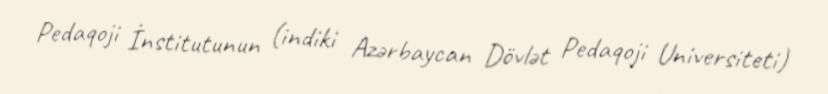
Pedaqoji İnstitutunun (indiki Azərbaycan Dövlət Pedaqoji Universiteti)